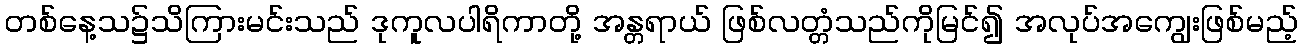
တစ်နေ့သ၌သိကြားမင်းသည် ဒုကူလပါရိကာတို့ အန္တရာယ် ဖြစ်လတ္တံသည်ကိုမြင်၍ အလုပ်အကျွေးဖြစ်မည့်